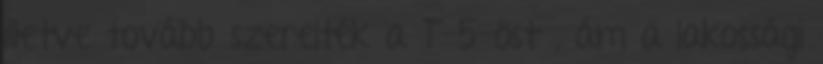
illetve tovább szerelték a T-5-öst , ám a lakossági